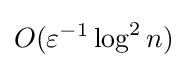
O(\varepsilon ^{-1}\log ^{2}n)